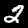
Digit: 2